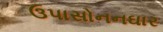
ઉપાસોનનઘાર